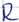
Text: R